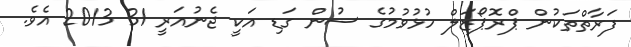
ފަރާތްތަކުން ޕްރޮޕޯޒަލް ހުޅުވުމުގެ ސުން ގަޑި އަކީ ޖެނުއަރީ 31 2013 އެވެ.